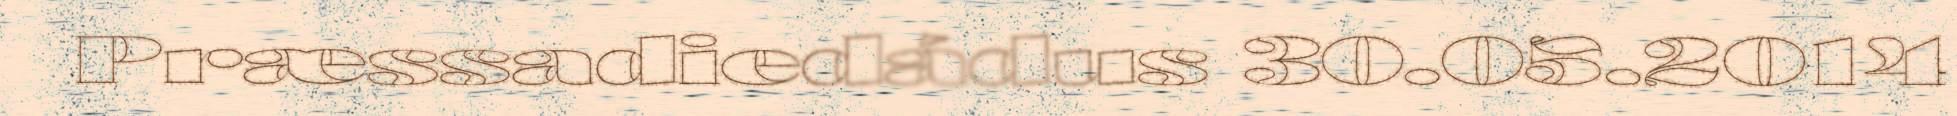
Præssadiedádus 30.05.2014